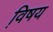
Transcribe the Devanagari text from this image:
वि़षय